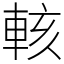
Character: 輆